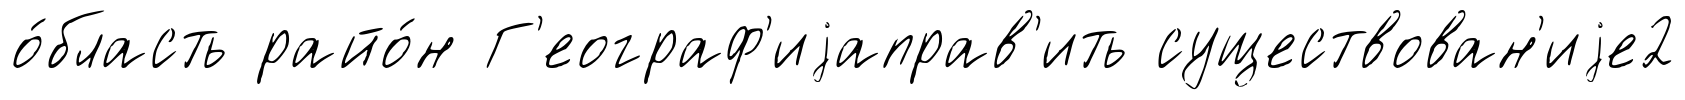
о́бласть райо́н Г'еограф'иjаправ'ить существован'иjе2